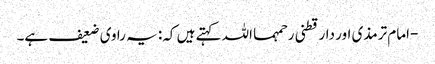
-امام ترمذی اور دارقطنی رحمہما اللہ کہتے ہیں کہ: یہ راوی ضعیف ہے۔